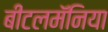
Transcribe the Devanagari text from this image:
बीटलमॅनिया